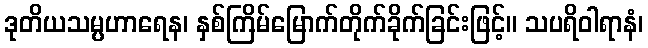
ဒုတိယသမ္ပဟာရေန၊ နှစ်ကြိမ်မြောက်တိုက်ခိုက်ခြင်းဖြင့်။ သပရိဝါရာနံ၊